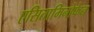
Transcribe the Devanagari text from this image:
एसितामिनोफेन